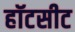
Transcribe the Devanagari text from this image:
हॉटसीट